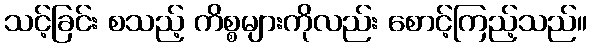
သင့်ခြင်း စသည့် ကိစ္စများကိုလည်း စောင့်ကြည့်သည်။